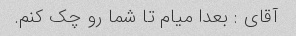
آقای : بعدا میام تا شما رو چک کنم.